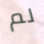
لم